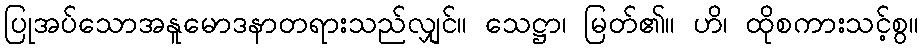
ပြုအပ်သောအနူမောဒနာတရားသည်လျှင်။ သေဋ္ဌာ၊ မြတ်၏။ ဟိ၊ ထိုစကားသင့်စွ။